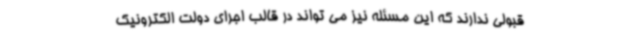
قبولی ندارند که این مسئله نیز می تواند در قالب اجرای دولت الکترونیک